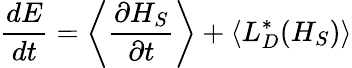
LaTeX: {\frac{dE}{dt}}=\left\langle{\frac{\partial H_{S}}{\partial t}}\right\rangle+\langle L_{D}^{*}(H_{S})\rangle